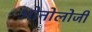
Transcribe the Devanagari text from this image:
ओनोलोजी